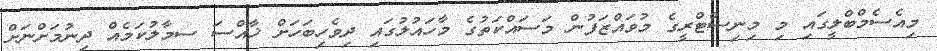
މިއެސެމްބްލީގައި މި މިނިސްޓްރީގެ މުވައްޒަފުން މަސައްކަތުގެ މާހައުލުގައި ދިވެހިބަހަށް ޚާއްސަ ސމާލުކަމެއް ދިނުމަށްނަށް